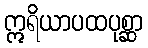
ဣရိယာပထပုစ္ဆာ